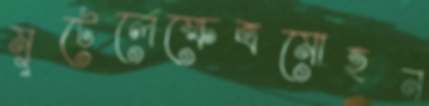
মুটেলেক্ষেত্রমোহন